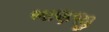
ભાણજી